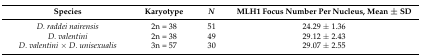
| Species | Karyotype | N | MLH1 Focus Number Per Nucleus, Mean ± SD |
 | --- | --- | --- | --- |
 | D. raddei nairensis | 2n = 38 | 51 | 24.29 ± 1.36 |
 | D. valentini | 2n = 38 | 49 | 29.12 ± 2.43 |
 | D. valentini × D. unisexualis | 3n = 57 | 30 | 29.07 ± 2.55 |